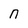
Character: n